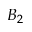
B _ { 2 }